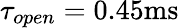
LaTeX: \tau_{open}=0.45\mathrm{ms}